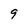
Character: 9